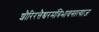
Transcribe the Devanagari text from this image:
शौरिरत्तैश्वरमंत्रिभावस्तत्याज